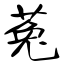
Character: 菟